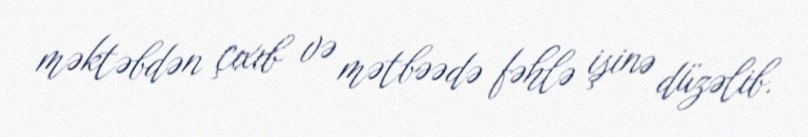
məktəbdən çıxıb və mətbəədə fəhlə işinə düzəlib.